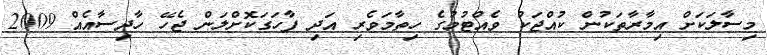
މިސާލަކަށް އިމާރާތަކުން ކުއްޖަކު ވެއްޓުމުގެ ހިތާމަވެރި އަދި ފާހަގަކޮށްލަން ޖެހޭ ހާދިސާއެއް 2009